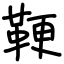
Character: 鞕